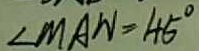
\angle M A N = 4 5 ^ { \circ }